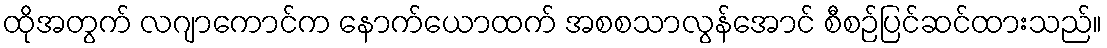
ထိုအတွက် လဂျာကောင်က နောက်ယောထက် အစစသာလွန်အောင် စီစဉ်ပြင်ဆင်ထားသည်။